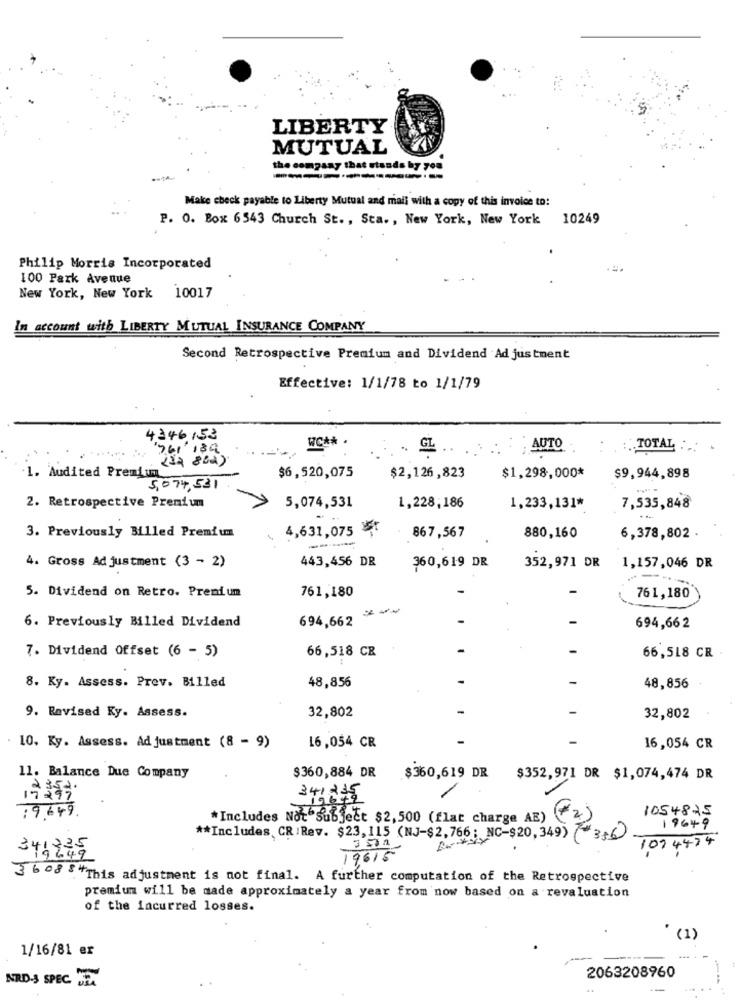
LIBERTY
MUTUAL
the company that stands hy 708
Make check payable to Liberty Mutual and mail with a copy of this invoice to:
P. O. Box 6543 Church St. , Sta ., New York, New York 10249
Philip Morris Incorporated
100 Park Avenue
New York, New York 10017
In account with LIBERTY MUTUAL INSURANCE COMPANY
Second Retrospective Premium and Dividend Ad justment
Effective: 1/1/78 to 1/1/79
4346 153
WC **
'761 189
GL .. ..... AUTO
TOTAL
-. :
(32 800)
1. Audited Premium
$6,520,075
$2,126,823
$1,298,000*
$9,944,898
5,074,531.
2. Retrospective Premium
5,074,531
1,228,186
1,233,131*
7,535,848
3. Previously Billed Premium
4,631,075 ¥
867,567
880,160
6,378,802 .
443,456 DR
4. Gross Adjustment (3 - 2)
360,619 DR
352,971 DR
1,157,046 DR
--.
761,180
-
5. Dividend on Retro. Premium
761,180
694,662
6. Previously Billed Dividend
694,66 2
7. Dividend Offset (6 - 5)
66,518 CR
66,518 CR ·
8. Ky. Assess. Prev. Billed
48,856
-
48,856
9. Revised Ky. Assess.
-
-
32,802
32,802
10. Ky. Assess. Ad justment (8 - 9)
-
16,054 CR
16,054 CR
$360,884 DR
11. Balance Due Company
$360,619 DR
$352,971 DR $1,074,474 DR
17597
341215
1054825
19.649.
*Includes Not Subject $2,500 (flat charge AE)
19649
** Includes CR/Rev. $23,115 (NJ-$2,766 ; NC-$20,349) (*3+6)
1074474
6249
19615
36 08 8"This adjustment is not final. A further computation of the Retrospective
premium will be made approximately a year from now based on a revaluation
of the incurred losses.
(1)
1/16/81 er
NRD-S SPEC. 2.
-
2063208960
..